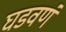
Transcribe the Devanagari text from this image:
घडवणं